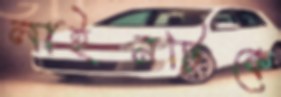
লাইনটিকে